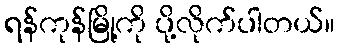
ရန်ကုန်မြို့ကို ပို့လိုက်ပါတယ်။